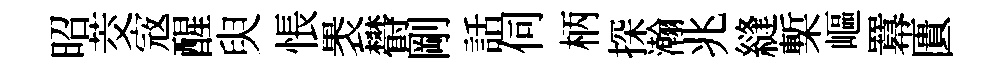
昭茭𡨥醒臾悵褁欎剛話伺柄探瀚兆縫槧嶇羃匱